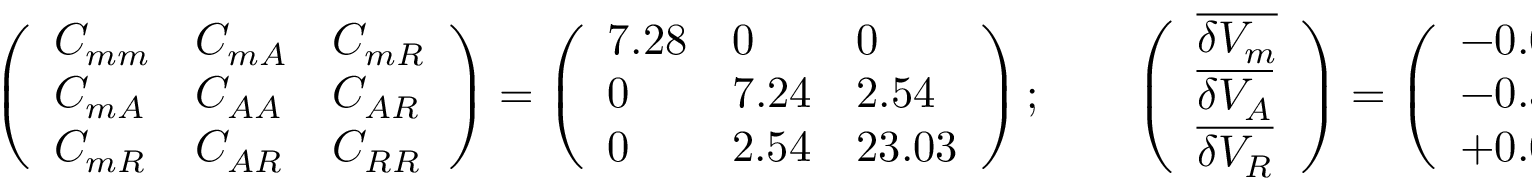
\left( \begin{array} { l l l } { { C _ { m m } } } & { { C _ { m A } } } & { { C _ { m R } } } \\ { { C _ { m A } } } & { { C _ { A A } } } & { { C _ { A R } } } \\ { { C _ { m R } } } & { { C _ { A R } } } & { { C _ { R R } } } \end{array} \right) = \left( \begin{array} { l l l } { { 7 . 2 8 } } & { { 0 } } & { { 0 } } \\ { { 0 } } & { { 7 . 2 4 } } & { { 2 . 5 4 } } \\ { { 0 } } & { { 2 . 5 4 } } & { { 2 3 . 0 3 } } \end{array} \right) ; \qquad \left( \begin{array} { l } { { \overline { { { \delta V _ { m } } } } } } \\ { { \overline { { { \delta V _ { A } } } } } } \\ { { \overline { { { \delta V _ { R } } } } } } \end{array} \right) = \left( \begin{array} { l } { { - 0 . 0 7 } } \\ { { - 0 . 3 3 } } \\ { { + 0 . 0 1 } } \end{array} \right) .